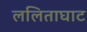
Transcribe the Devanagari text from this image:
ललिताघाट